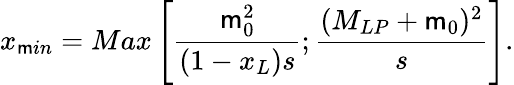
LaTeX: x_{\mathsf{m}in}=Max\left[\frac{{\mathsf{m}_{0}^{2}}}{{(1-x_{L})s}};\frac{{(M_{LP}+\mathsf{m}_{0})^{2}}}{{s}}\right].